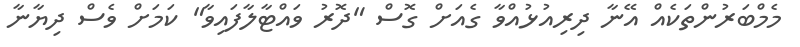
މެމްބަރުންތަކެއް އޭނާ ދިރިއުޅުއްވާ ގެއަށް ގޮސް "ދޮރު ވައްޓާލާފައިވާ" ކަމަށް ވެސް ދިޔާނާ